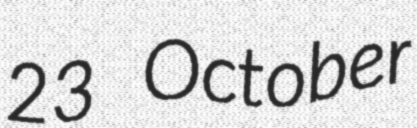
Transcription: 23 October